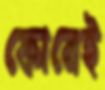
ফোনেই